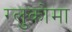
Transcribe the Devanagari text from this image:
ग्लुकोमा